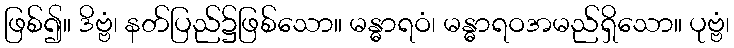
ဖြစ်၍။ ဒိဗ္ဗံ၊ နတ်ပြည်၌ဖြစ်သော။ မန္ဓာရဝံ၊ မန္ဓာရဝအမည်ရှိသော။ ပုဗ္ဗံ၊